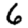
Digit: 6